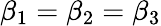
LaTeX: \beta_{1}=\beta_{2}=\beta_{3}